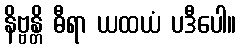
နိဗ္ဗန္တိ ဓီရာ ယထယံ ပဒီပေါ။